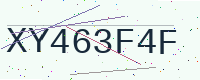
Text: XY463F4F